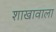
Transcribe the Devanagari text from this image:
शाखावाला